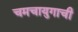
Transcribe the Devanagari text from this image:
चमचायुगाची